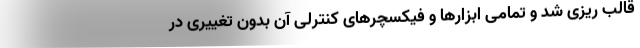
قالب ریزی شد و تمامی ابزارها و فیکسچرهای کنترلی آن بدون تغییری در